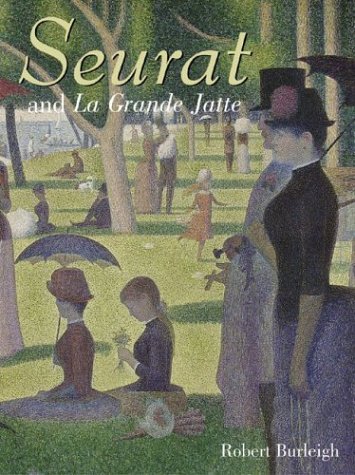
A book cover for Seurat and La Grande Jatte: Connecting the Dots (Orbis Pictus Honor for Outstanding Nonfiction for Children (Awards)); Robert Burleigh; Teen & Young Adult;